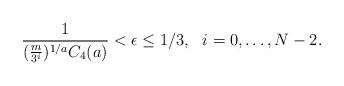
LaTeX: \begin{align*}{1 \over ({m \over 3^i})^{1/a} C_4(a)} < \epsilon \leq 1/3, \ \ i=0, \dots, N-2.\end{align*}